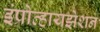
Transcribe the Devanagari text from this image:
इंप्रोव्हायझेशन